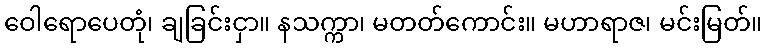
ဝေါရောပေတုံ၊ ချခြင်းငှာ။ နသက္ကာ၊ မတတ်ကောင်း။ မဟာရာဇ၊ မင်းမြတ်။